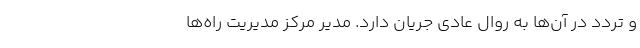
و تردد در آن‌ها به روال عادی جریان دارد. مدیر مرکز مدیریت راه‌ها